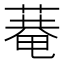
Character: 𦹕